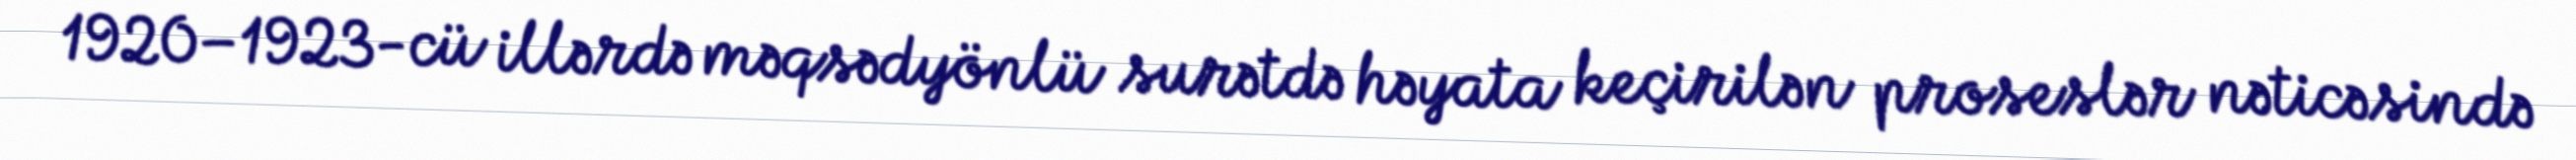
1920–1923-cü illərdə məqsədyönlü surətdə həyata keçirilən proseslər nəticəsində